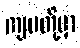
ကျမတို့မှာ